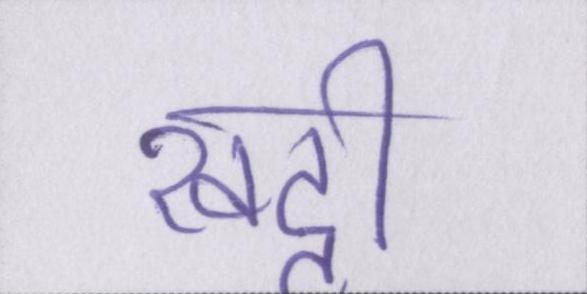
खट्टी